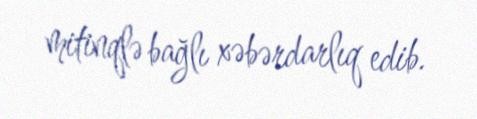
mitinqlə bağlı xəbərdarlıq edib.